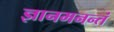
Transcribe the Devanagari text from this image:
ज्ञानमनन्तं